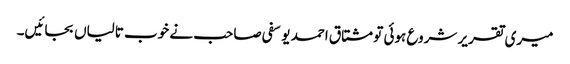
میری تقریر شروع ہوئی تو مشتاق احمد یوسفی صاحب نے خوب تالیاں بجائیں۔